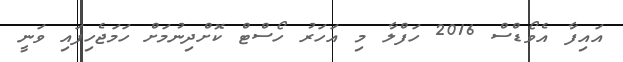
އައިފާ އެވޯޑްސް 2016 ހަފްލާ މި އަހަރު ހޯސްޓް ކޮށްދިނުމަށް ހަމަޖެހިފައި ވަނީ